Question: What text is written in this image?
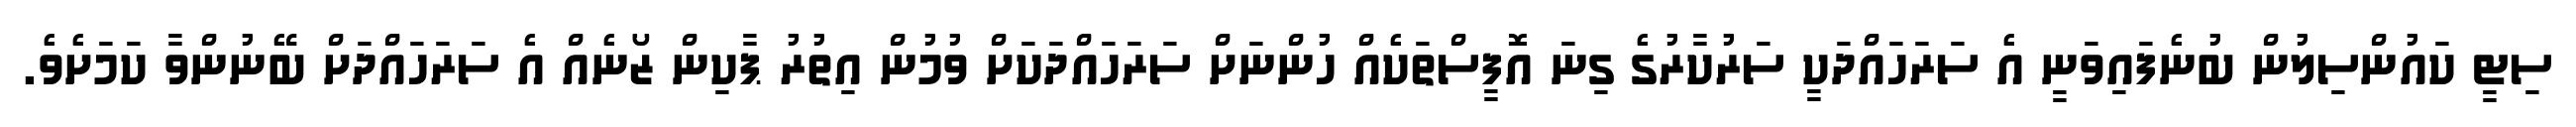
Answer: ސިޓީ ކައުންސިލުން ބުނެފައިވަނީ އެ ސަރަހައްދަކީ ސަރުކާރުގެ ގިނަ އޮފީސްތަކެއް ހުންނަށް ސަރަހައްދަކަށް ވުމުން އިތުރު ޕާކިން ޒޯނެއް އެ ސަރަހައްދަށް ބޭނުންވާ ކަމަށެވެ.